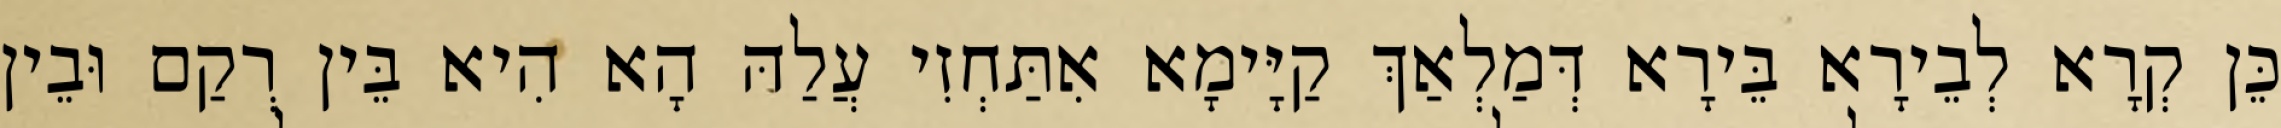
כֵּן קְרָא לְבֵירָא בֵּירָא דְּמַלְאַךְ קַיָּימָא אִתַּחְזִי עֲלַהּ הָא הִיא בֵּין רְקַם וּבֵין